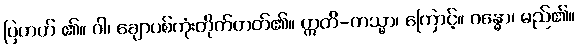
ပြတတ် ၏။ ဝါ၊ ချောပစ်ကုံးတိုက်တတ်၏။ ဣတိ-တသ္မာ၊ ကြောင့်။ ဂန္ဓော၊ မည်၏။